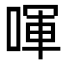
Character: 喗